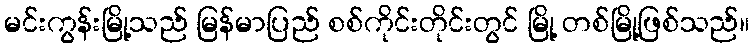
မင်းကွန်းမြို့သည် မြန်မာပြည် စစ်ကိုင်းတိုင်းတွင် မြို့ တစ်မြို့ဖြစ်သည်။